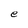
Character: e